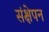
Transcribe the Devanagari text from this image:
संक्षेपन